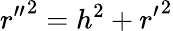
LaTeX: {r^{\prime\prime}}^{2}=h^{2}+{r^{\prime}}^{2}